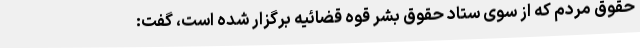
حقوق مردم که از سوی ستاد حقوق بشر قوه قضائیه برگزار شده است، گفت: